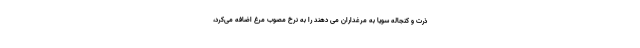
ذرت و کنجاله سویا به مرغداران می دهند را به نرخ مصوب مرغ اضافه می‌کرد،